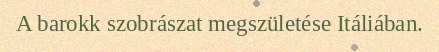
A barokk szobrászat megszületése Itáliában.